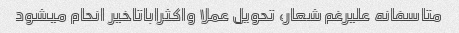
متاسفانه علیرغم شعار، تحویل عملا واکثراباتاخیر انحام میشود